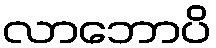
လာဘောပိ